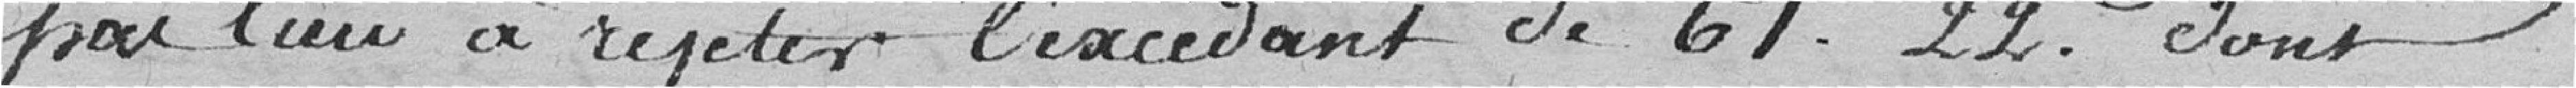
pas lieu à rejeter l'excédant de 61 francs 22 centimes dont